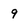
Character: 9